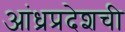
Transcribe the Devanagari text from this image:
आंध्रप्रदेशची